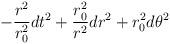
LaTeX: \begin{align*}-{r^2\over r_0^2} dt^2 + {r_0^2 \over r^2} dr^2 + r_0^2 d\theta^2\end{align*}